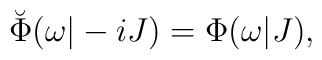
\breve{\Phi}(\omega|-iJ)=\Phi(\omega|J),